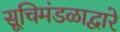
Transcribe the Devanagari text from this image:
सूचिमंडळाद्वारे